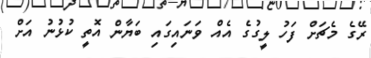
ރޭގެ މެޗަށް ފަހު ލީގުގެ އެއް ވަނައިގައި ބަޔާން އޮތީ ކުޅުނު އަށް